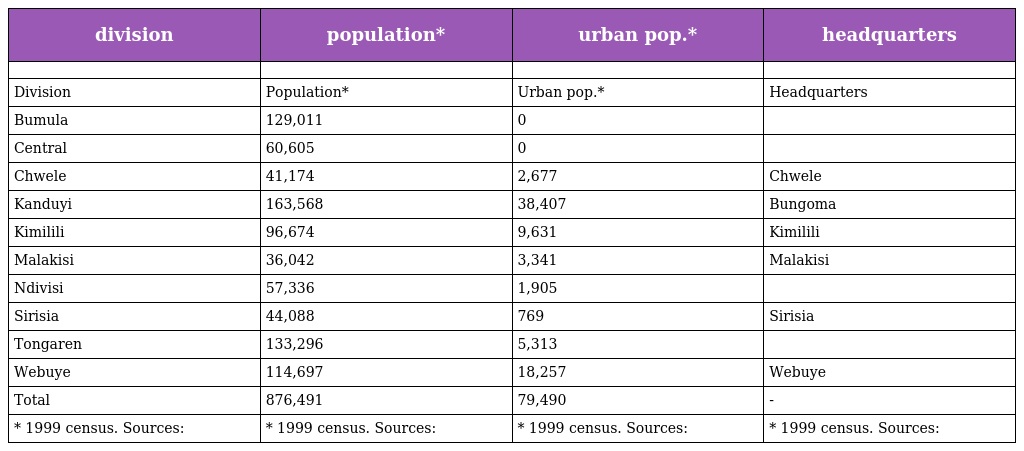
| division | population* | urban pop.* | headquarters |
 | --- | --- | --- | --- |
 |  |  |  |  |
 | Division | Population* | Urban pop.* | Headquarters |
 | Bumula | 129,011 | 0 |  |
 | Central | 60,605 | 0 |  |
 | Chwele | 41,174 | 2,677 | Chwele |
 | Kanduyi | 163,568 | 38,407 | Bungoma |
 | Kimilili | 96,674 | 9,631 | Kimilili |
 | Malakisi | 36,042 | 3,341 | Malakisi |
 | Ndivisi | 57,336 | 1,905 |  |
 | Sirisia | 44,088 | 769 | Sirisia |
 | Tongaren | 133,296 | 5,313 |  |
 | Webuye | 114,697 | 18,257 | Webuye |
 | Total | 876,491 | 79,490 | - |
 | * 1999 census. Sources: | * 1999 census. Sources: | * 1999 census. Sources: | * 1999 census. Sources: |